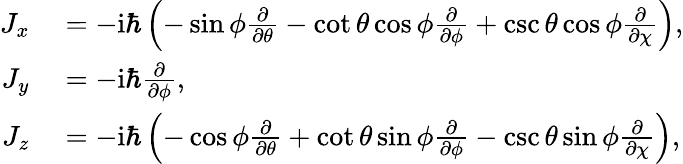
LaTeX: \begin{array}{rl}{J_{x}}&{{}=-\mathrm{i}\hbar\left(-\sin\phi\frac{\partial}{\partial\theta}-\cot\theta\cos\phi\frac{\partial}{\partial\phi}+\csc\theta\cos\phi\frac{\partial}{\partial\chi}\right),}\\ {J_{y}}&{{}=-\mathrm{i}\hbar\frac{\partial}{\partial\phi},}\\ {J_{z}}&{{}=-\mathrm{i}\hbar\left(-\cos\phi\frac{\partial}{\partial\theta}+\cot\theta\sin\phi\frac{\partial}{\partial\phi}-\csc\theta\sin\phi\frac{\partial}{\partial\chi}\right),}\end{array}